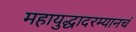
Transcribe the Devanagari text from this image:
महायुद्धादरम्यानचं